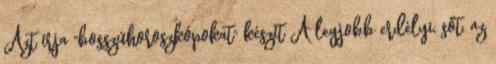
Azt írja "bosszúhoroszkópokat" készít A legjobb erdélyi, sőt, az